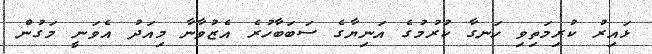
ޅައިރު ކުރިމަތިވި ހަނގާ ކުރުމުގެ އަނިޔާގެ ސަބަބާހުރެ އެޒުވާނާ މިއަދު އެވަނީ މަގުން